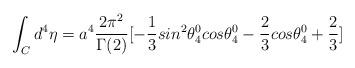
LaTeX: \begin{align*}\int_{C}{d^4}{\eta} = a^4 \frac{2\pi^{2}}{\Gamma(2)}[-\frac{1}{3}sin^2\theta_4^0cos\theta_4^0- \frac{2}{3}cos\theta_4^0 + \frac{2}{3}]\end{align*}